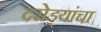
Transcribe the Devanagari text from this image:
दरोड्यांचा